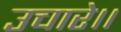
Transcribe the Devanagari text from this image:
उचारे।।